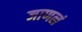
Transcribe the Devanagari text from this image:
जाणलं